Vabadussoja_Ajaloo_Komitee, lk 67
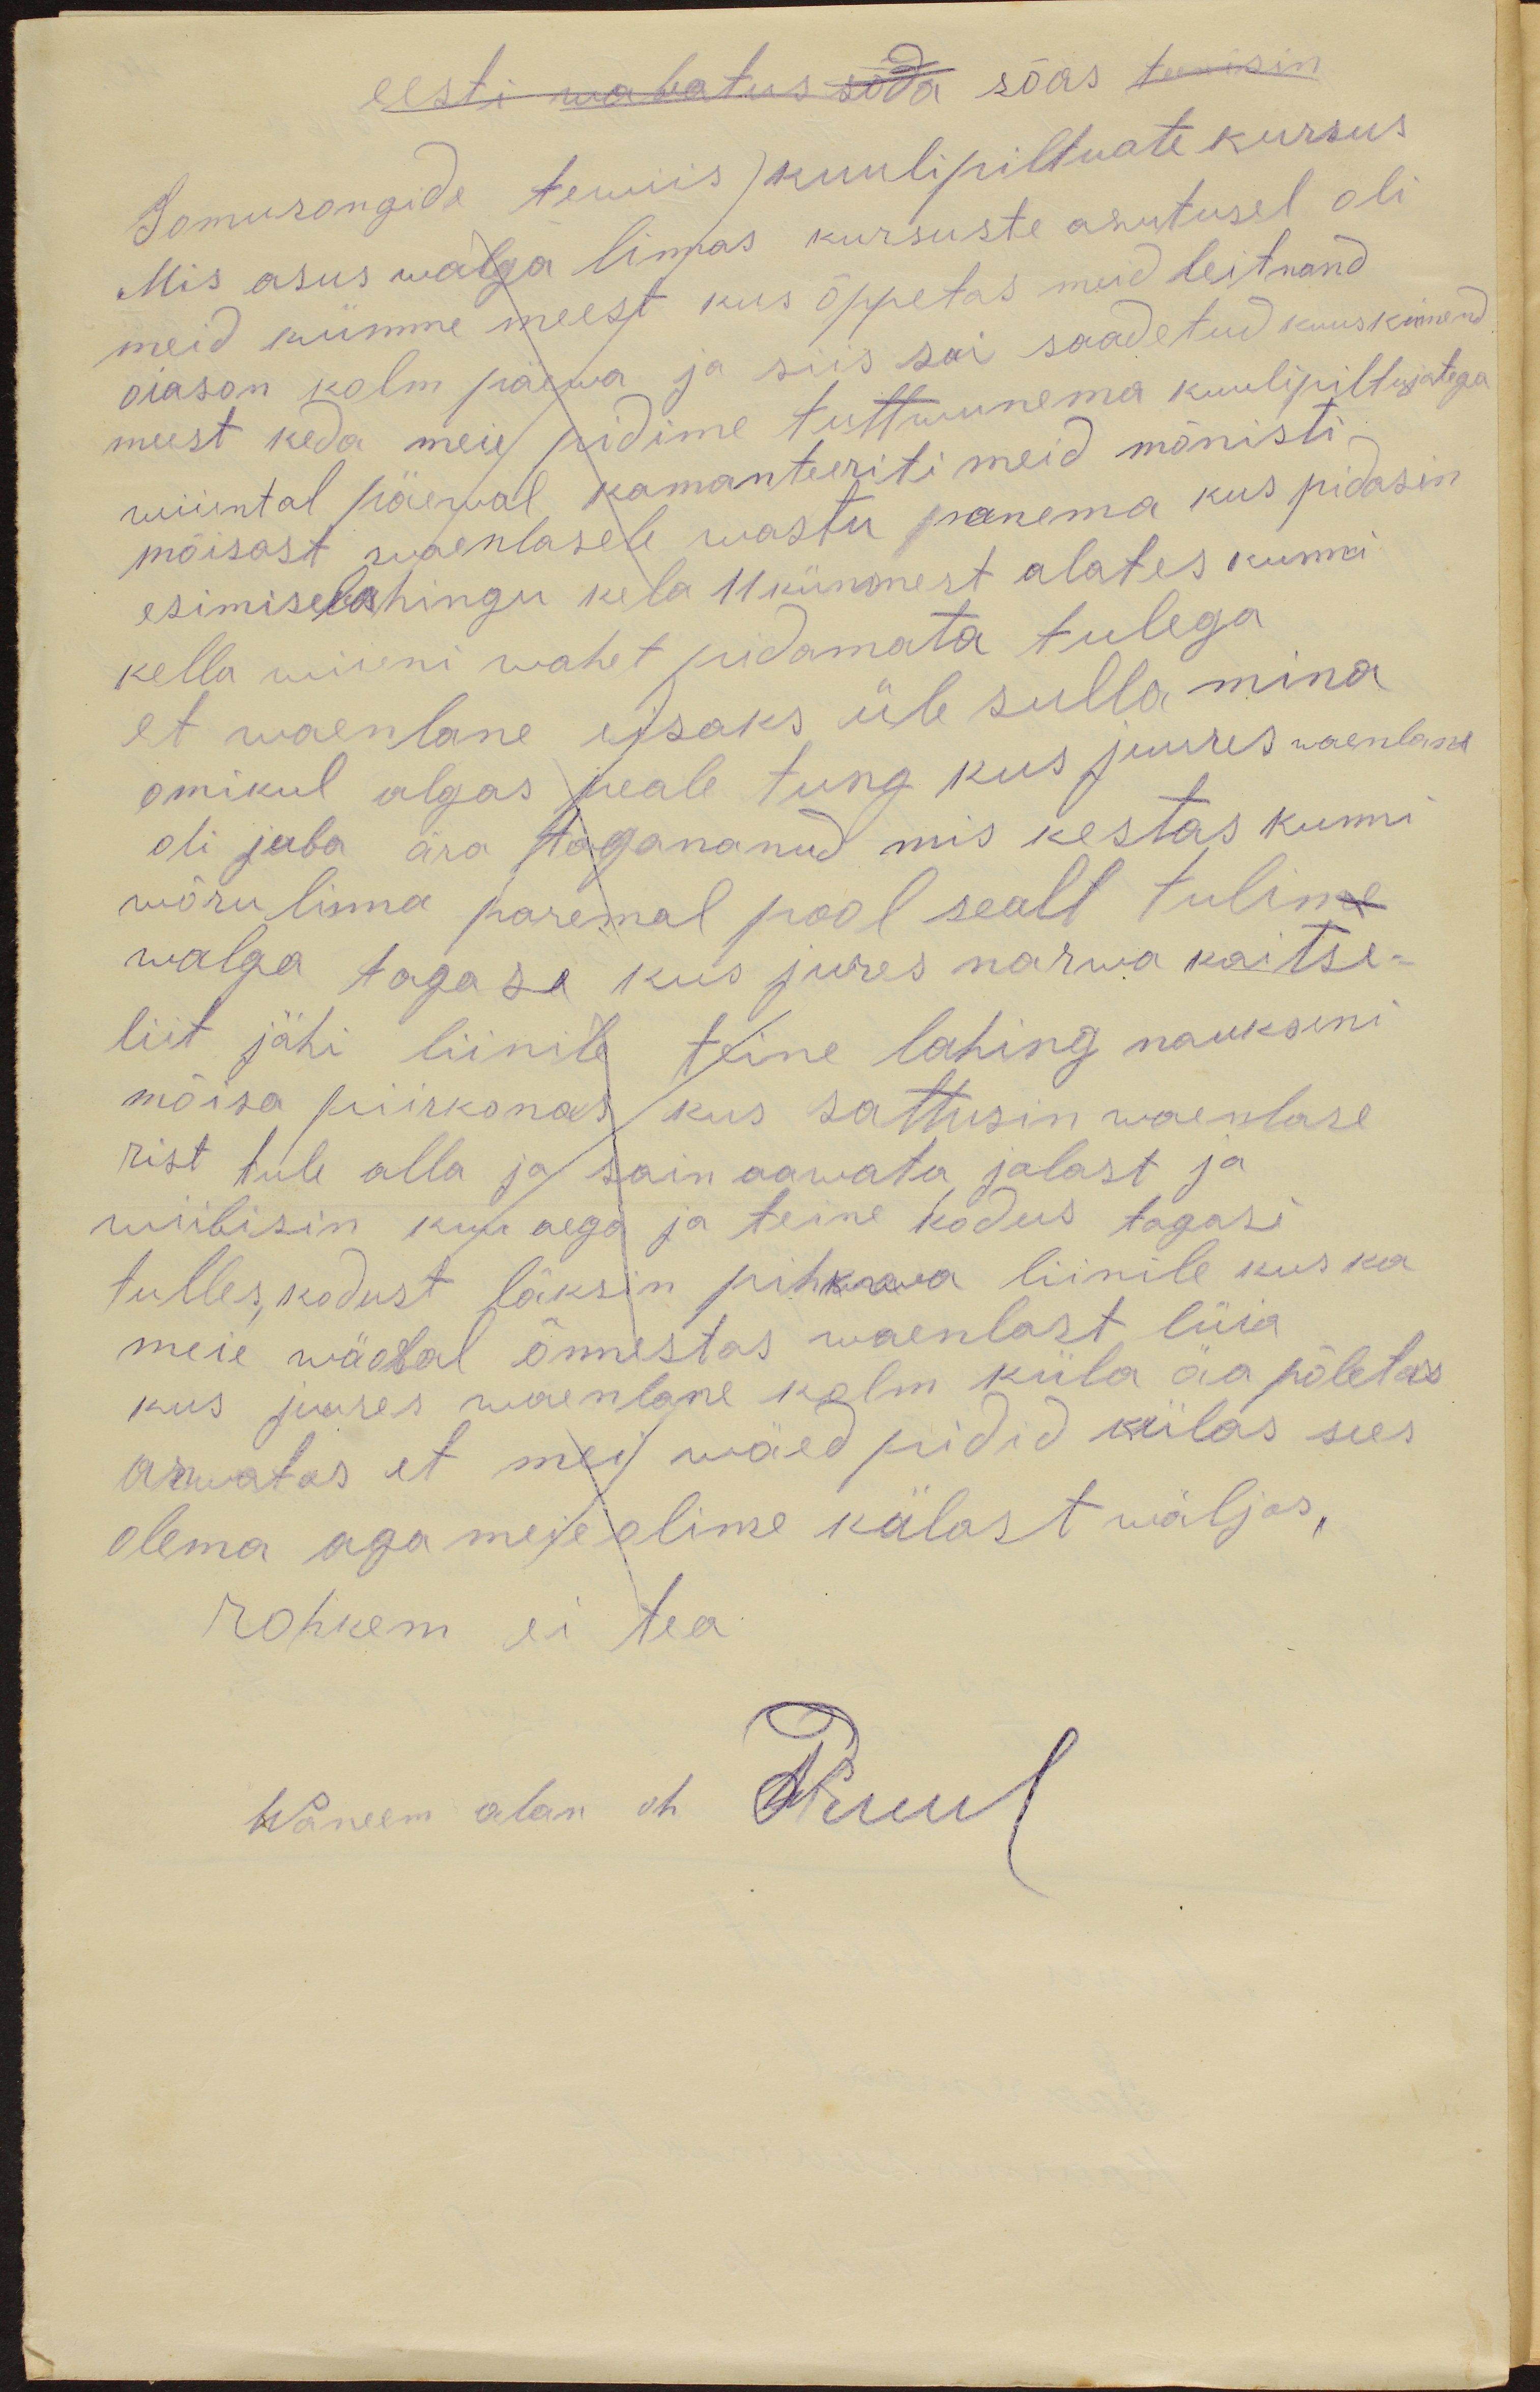
eesti wabatus sõda sõas teenisin
Somurongide tewiis kuulipiltuate kursus
Mis asus walga linnas kursuste asutusel oli
meid kümme meest kus õppetas meid leitnand
oiason kolm päewa ja siis sai saadetud kuuskümend
meest keda meie pidime tuttwunema kuulipiltujatega
wiimtal päewal kamanteeriti meid mõnisti
mõisast waenlasele wastu panema kus pidasin
esimeselahingu kela 11 kümnest alates kunni
kella wiieni wahet pidamata tulega
et wanelane eisaks üle sulla mina
omikul algas peale tung kus juures waenlane
oli juba ära tagananud mis kestas kunni
wõru linna paremal pool sealt tulin
walga tagase kus jures narwa kaitse-
liit jähi liinile teine lahing naukseni
mõisa piirkonas kus sattusin waenlase
rist tule alla ja sain aawata jalast ja
wiibisin kuu aega ja teine kodus tagasi
tulles, kodust läksin pihkwa liinile kus ka
meie väosal õnnestas waenlast lüia
kus juures waenlane kolm küla ära põletas
arwatas et mei wäed pidid külas sees
olema aga meie olime külast wäljas
rohkem ei tea
Wanem alam oh Pruul